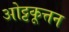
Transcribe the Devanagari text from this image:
ओट्टकूत्तन